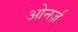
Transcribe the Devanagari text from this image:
ओनर्ज़